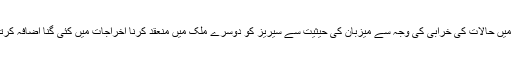
ملک میں حالات کی خرابی کی وجہ سے میزبان کی حیثیت سے سیریز کو دوسرے ملک میں منعقد کرنا اخراجات میں کئی گنا اضافہ کرتا ہے۔